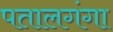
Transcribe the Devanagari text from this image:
पतालगंगा